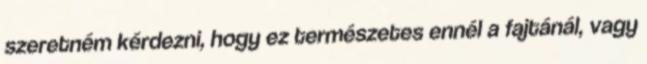
szeretném kérdezni, hogy ez természetes ennél a fajtánál, vagy